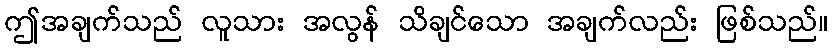
ဤအချက်သည် လူသား အလွန် သိချင်သော အချက်လည်း ဖြစ်သည်။